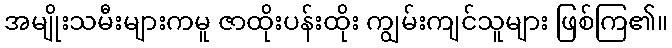
အမျိုးသမီးများကမူ ဇာထိုးပန်းထိုး ကျွမ်းကျင်သူများ ဖြစ်ကြ၏။